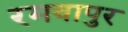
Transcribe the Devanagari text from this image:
रमवापुर